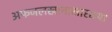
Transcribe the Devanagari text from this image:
अफजलखानासारख्या